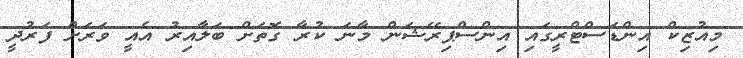
މިއުޒިކް އިންޑަސްޓްރީގައި އިންސްޕިރޭޝަން މާނަ ކުރާ ގޮތަށް ބަލާއިރު އެއީ ވަރަށް ފަރުދީ